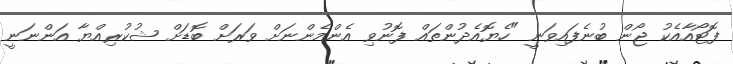
ފޮޓޯއާއެކު ޖޯން ބުނެފައިވަނީ "ހެޔޮއެދުންތައް ފޮނުވި އެންމެންނަށް ވަރަށް ބޮޑަށް ޝުކުރިއްޔާ އަންނަނީ